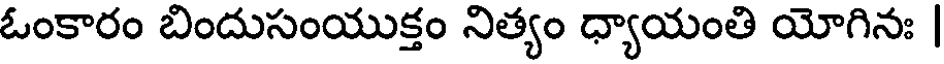
ఓంకారం బిందుసంయుక్తం నిత్యం ధ్యాయంతి యోగినః |